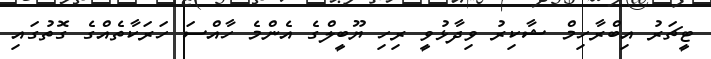
ޓީޗަރު އިބްރާހިމް ޝާކިރު ވިދާޅުވީ ރިހި ޔޫބީލްގެ އެންމެ ހާއްސަ ހަރަކާތެއްގެ ގޮތުގައި